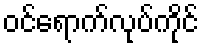
ဝင်ရောက်လုပ်ကိုင်